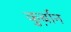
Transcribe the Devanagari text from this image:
कु़र्बान